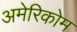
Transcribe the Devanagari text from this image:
अमेरिकोम